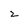
Character: 2